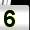
Digit: 5